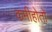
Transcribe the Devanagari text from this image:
कमीहोतो